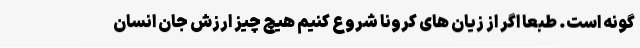
گونه است. طبعاً اگر از زیان های کرونا شروع کنیم هیچ چیز ارزش جان انسان